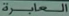
العابرة